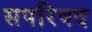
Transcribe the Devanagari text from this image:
सपरिषद